画像に写った文字を読んでください
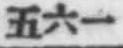
「五六一」と書いてあります